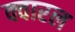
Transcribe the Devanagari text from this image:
क्वारल